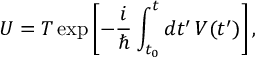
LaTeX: U = T \exp \left[ - { \frac { i } { \hbar } } \int _ { t _ { 0 } } ^ { t } d t ^ { \prime } \, V ( t ^ { \prime } ) \right] ,